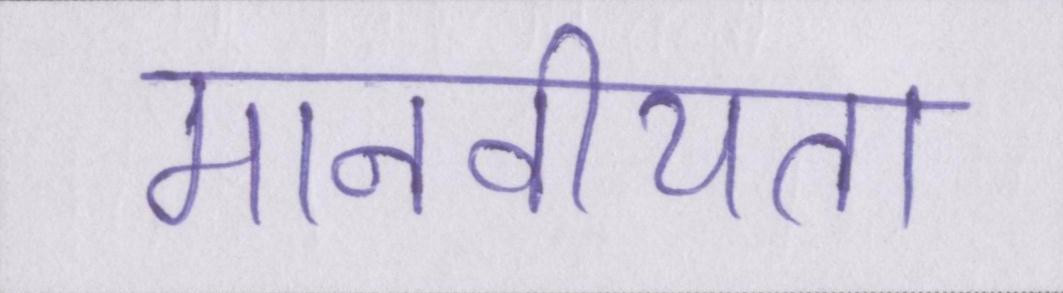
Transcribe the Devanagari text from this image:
मानवीयता